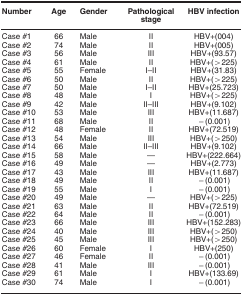
<table><thead><tr><td><b>Number</b></td><td><b>Age</b></td><td><b>Gender</b></td><td><b>Pathological stage</b></td><td><b>HBV infection</b></td></tr></thead><tbody><tr><td>Case #1</td><td>66</td><td>Male</td><td>II</td><td>HBV+(004)</td></tr><tr><td>Case #2</td><td>74</td><td>Male</td><td>II</td><td>HBV+(005)</td></tr><tr><td>Case #3</td><td>56</td><td>Male</td><td>III</td><td>HBV+(93.57)</td></tr><tr><td>Case #4</td><td>61</td><td>Male</td><td>II</td><td>HBV+(&gt;225)</td></tr><tr><td>Case #5</td><td>55</td><td>Female</td><td>I–II</td><td>HBV+(31.83)</td></tr><tr><td>Case #6</td><td>50</td><td>Male</td><td>II</td><td>HBV+(&gt;225)</td></tr><tr><td>Case #7</td><td>50</td><td>Male</td><td>I–II</td><td>HBV+(25.723)</td></tr><tr><td>Case #8</td><td>48</td><td>Male</td><td>I</td><td>HBV+(&gt;225)</td></tr><tr><td>Case #9</td><td>42</td><td>Male</td><td>II–III</td><td>HBV+(9.102)</td></tr><tr><td>Case #10</td><td>53</td><td>Male</td><td>III</td><td>HBV+(11.687)</td></tr><tr><td>Case #11</td><td>68</td><td>Male</td><td>II</td><td>−(0.001)</td></tr><tr><td>Case #12</td><td>48</td><td>Female</td><td>II</td><td>HBV+(72.519)</td></tr><tr><td>Case #13</td><td>54</td><td>Male</td><td>III</td><td>HBV+(&gt;250)</td></tr><tr><td>Case #14</td><td>66</td><td>Male</td><td>II–III</td><td>HBV+(9.102)</td></tr><tr><td>Case #15</td><td>58</td><td>Male</td><td>—</td><td>HBV+(222.664)</td></tr><tr><td>Case #16</td><td>49</td><td>Male</td><td>—</td><td>HBV+(2.773)</td></tr><tr><td>Case #17</td><td>43</td><td>Male</td><td>III</td><td>HBV+(11.687)</td></tr><tr><td>Case #18</td><td>49</td><td>Male</td><td>II</td><td>−(0.001)</td></tr><tr><td>Case #19</td><td>55</td><td>Male</td><td>I</td><td>−(0.001)</td></tr><tr><td>Case #20</td><td>49</td><td>Male</td><td>—</td><td>HBV+(&gt;225)</td></tr><tr><td>Case #21</td><td>63</td><td>Male</td><td>II</td><td>HBV+(72.519)</td></tr><tr><td>Case #22</td><td>64</td><td>Male</td><td>II</td><td>−(0.001)</td></tr><tr><td>Case #23</td><td>66</td><td>Male</td><td>III</td><td>HBV+(152.283)</td></tr><tr><td>Case #24</td><td>40</td><td>Male</td><td>III</td><td>HBV+(&gt;250)</td></tr><tr><td>Case #25</td><td>45</td><td>Male</td><td>III</td><td>HBV+(&gt;250)</td></tr><tr><td>Case #26</td><td>60</td><td>Female</td><td>I</td><td>HBV+(250)</td></tr><tr><td>Case #27</td><td>46</td><td>Female</td><td>II</td><td>−(0.001)</td></tr><tr><td>Case #28</td><td>41</td><td>Male</td><td>III</td><td>−(0.001)</td></tr><tr><td>Case #29</td><td>61</td><td>Male</td><td>I</td><td>HBV+(133.69)</td></tr><tr><td>Case #30</td><td>74</td><td>Male</td><td>I</td><td>−(0.001)</td></tr></tbody></table>